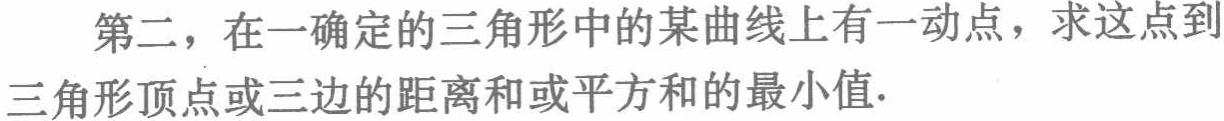
第二，在一确定的三角形中的某曲线上有一动点，求这点到三角形顶点或三边的距离和或平方和的最小值.